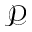
\mathcal { P }